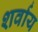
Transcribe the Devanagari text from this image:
शर्वाय